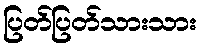
ပြတ်ပြတ်သားသား